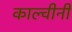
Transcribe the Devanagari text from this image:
काल्वीनी